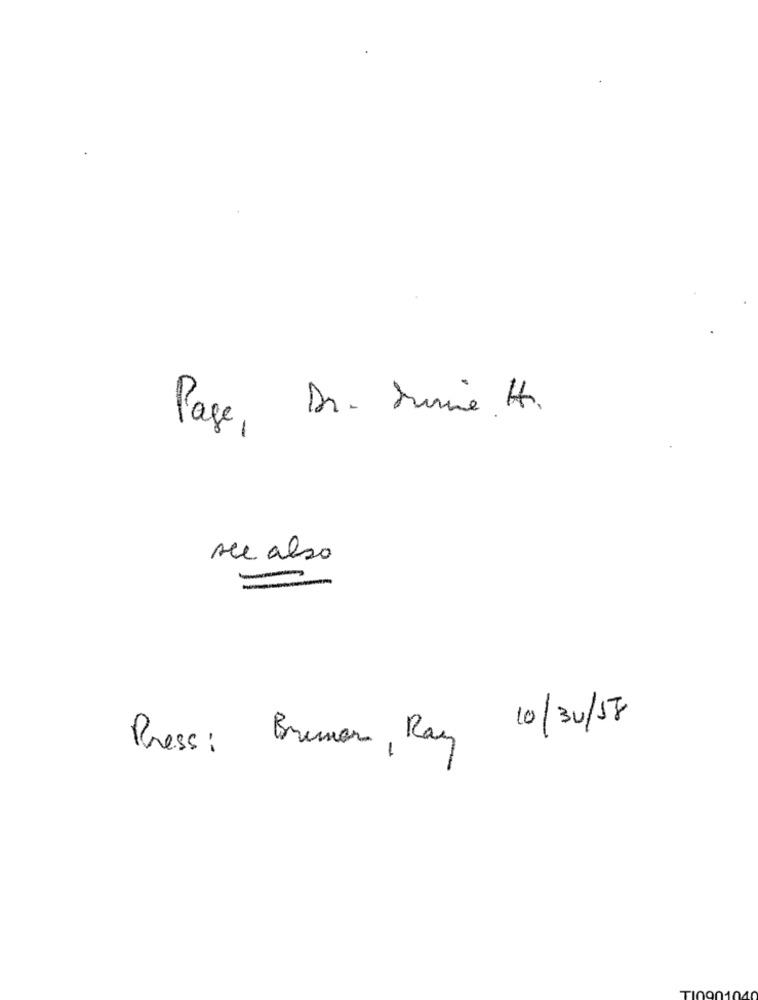
Page, Dr. Durine H.
see also
Press: Brunnen, Ray 10/30/17
TI0901